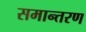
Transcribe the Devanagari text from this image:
समान्तरण